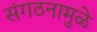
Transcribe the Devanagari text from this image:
संगठनामुळे